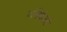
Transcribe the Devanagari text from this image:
अंबिकेकडे